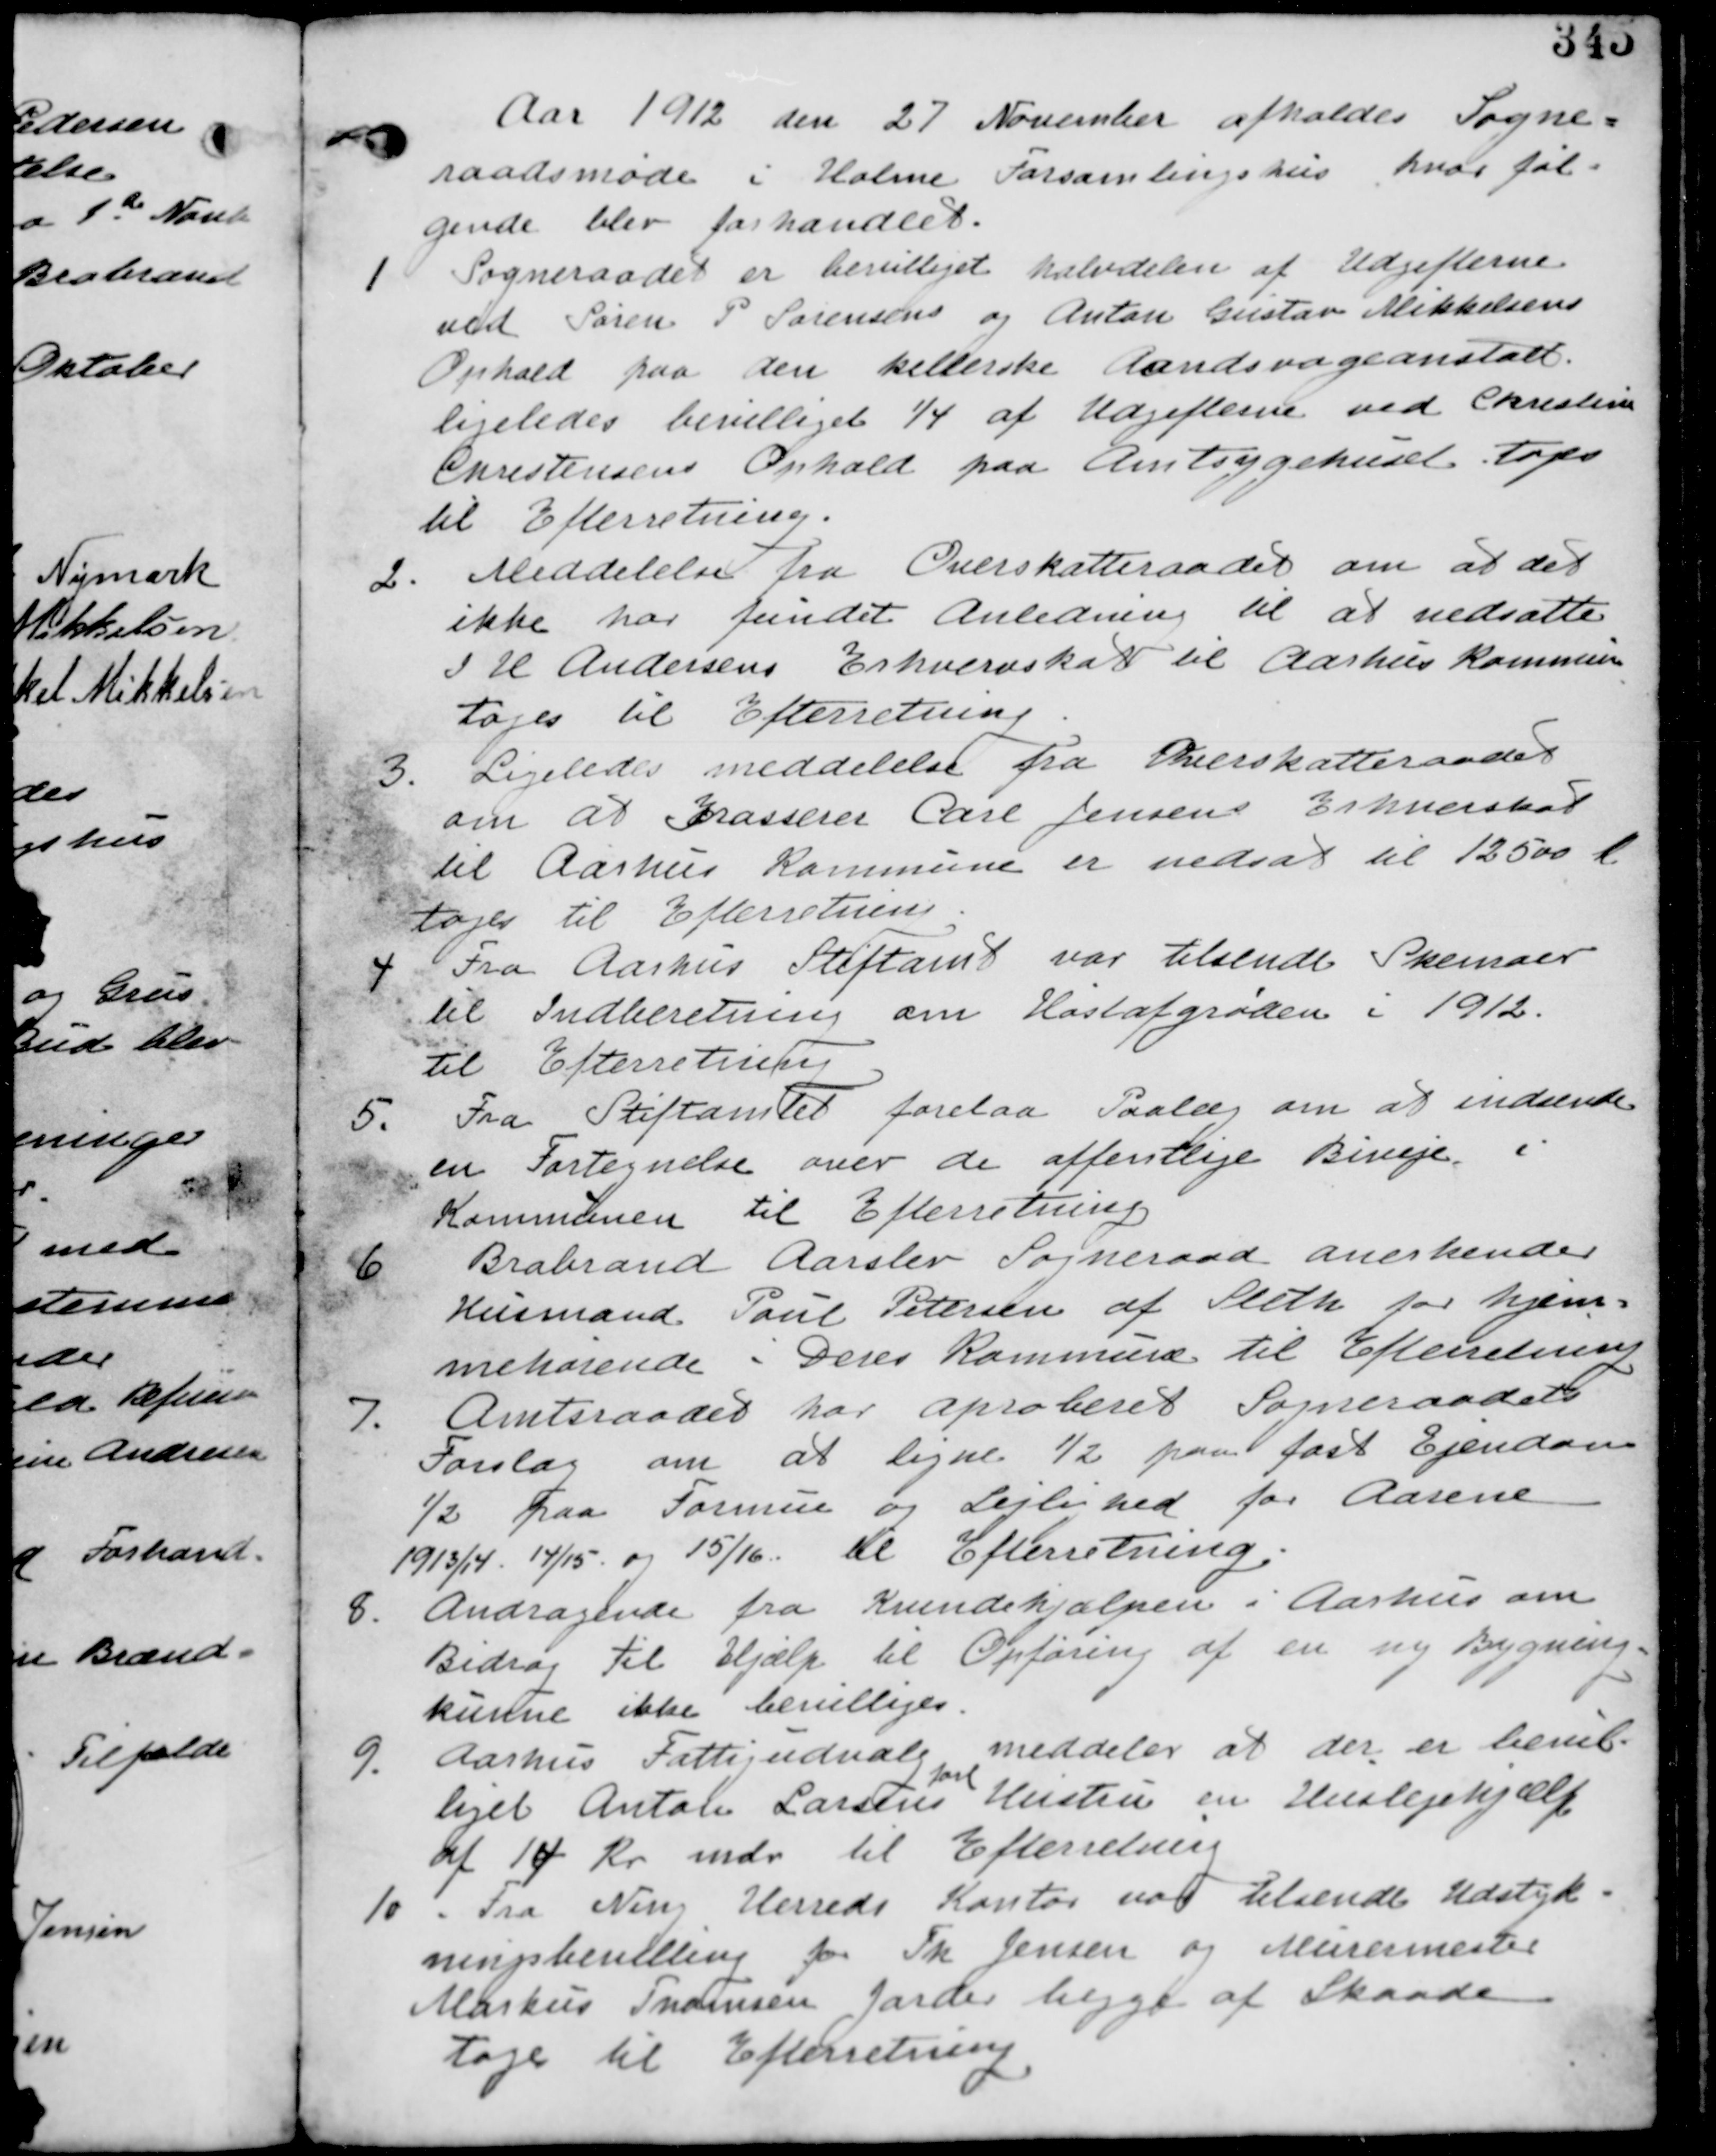
Transskription:
Aar 1912 den 27 November afholdes Sogne-
raadsmøde i Holme Forsamlingshus hvor føl-
gende blev forhandlet.

1. Sogneraadet er br bevilliget halvdelen af Udgifterne
ved Søren P. Sørensens og Anton Gustav Mikkelsen
Ophold paa den kellerske Aandsvageanstalt.
ligeledes bevilliget 1/4 af Udgifterne ved Chrestine
Christensens Ophold paa Amtsygehuset. tages
til Efterretning.

2. Meddelelse fra Overskatteraadet om at det
ikke har fundet Anledning til at nedsætte
J H Andersens Erhvervskat til Aarhus Kommune
tages til Efterretning.

3. Ligeledes meddelelse fra Overskatteraadet
om at Grosserer Carl Jensens Erhverskat
til Aarhus Kommune er nedsat til 12500 Kr.
tages til Efterretning

4. Fra Aarhus Stiftamt var tilsendt Skemaer
til Indberetning om Høstafgrøden i 1912
til Efterretning.

5. Fra Stiftamtet forelaa Paalæg om at indsende
en Fortegnelse over de offentlige Biveje i
Kommunen til Efterretning.

6. Brabrand Aarslev Sogneraad anerkender
Husmand Paul Petersen af Sleth for hjem-
mehørende i Deres Kommune til Efterretning.

7. Amtsraadet har aproberet Sogneraadets
Forslag om at ligne. 1/2 paa fast Ejendom
1/2 paa Formue og Lejlighed for Aarene
1913/14 og 15/16. til Efterretning.

8. Andragende fra Kvindehjælpen i Aarhus om
Bidrag til Hjælp til Opføring af en ny Bygning
kunne ikke bevilliges.

9. Aarhus Fattigudvalg meddeler at der er bevil-
liget Anton Larsens
forl
Hustru en Huslejehjælp
af 14 Kr mdr til Efterretning

10. Fra Ning Herreds Kontor var Tilsendt Udstyk-
ningsbevilling for Th Jensen og Murermester
Markus Thomsen Jorder begge af Skaade.
tage til Efterretning.